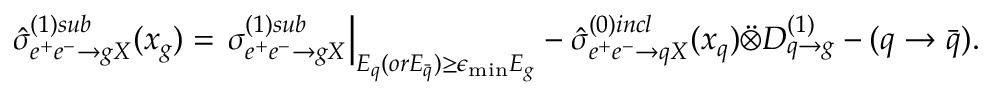
\hat { \sigma } _ { e ^ { + } e ^ { - } \rightarrow g X } ^ { ( 1 ) s u b } ( x _ { g } ) = \left. \sigma _ { e ^ { + } e ^ { - } \rightarrow g X } ^ { ( 1 ) s u b } \right| _ { E _ { q } ( o r E _ { \bar { q } } ) \geq \epsilon _ { \operatorname * { m i n } } E _ { g } } - \hat { \sigma } _ { e ^ { + } e ^ { - } \rightarrow q X } ^ { ( 0 ) i n c l } ( x _ { q } ) \ddot { \otimes } D _ { q \rightarrow g } ^ { ( 1 ) } - ( q \rightarrow \bar { q } ) .